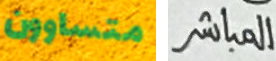
متساوون المباشر